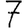
Digit: 7